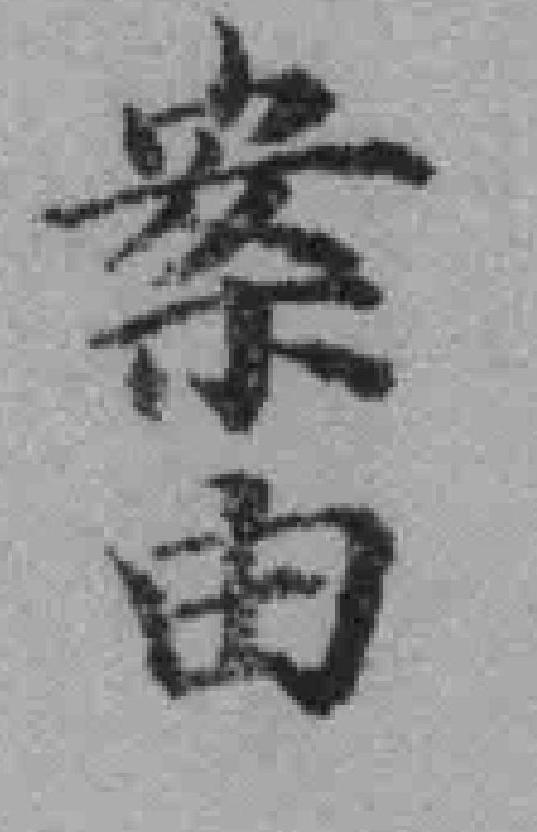
案由